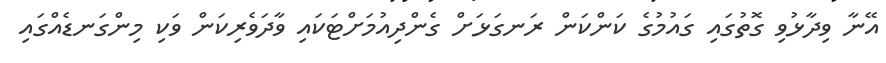
އޭނާ ވިދާޅުވި ގޮތުގައި ގައުމުގެ ކަންކަން ރަނގަޅަށް ގެންދިއުމަށްޓަކައި ވާދަވެރިކަން ވަކި މިންގަނޑެއްގައި